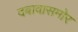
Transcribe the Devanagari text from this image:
दबावासमोर